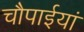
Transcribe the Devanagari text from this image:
चौपाईयां